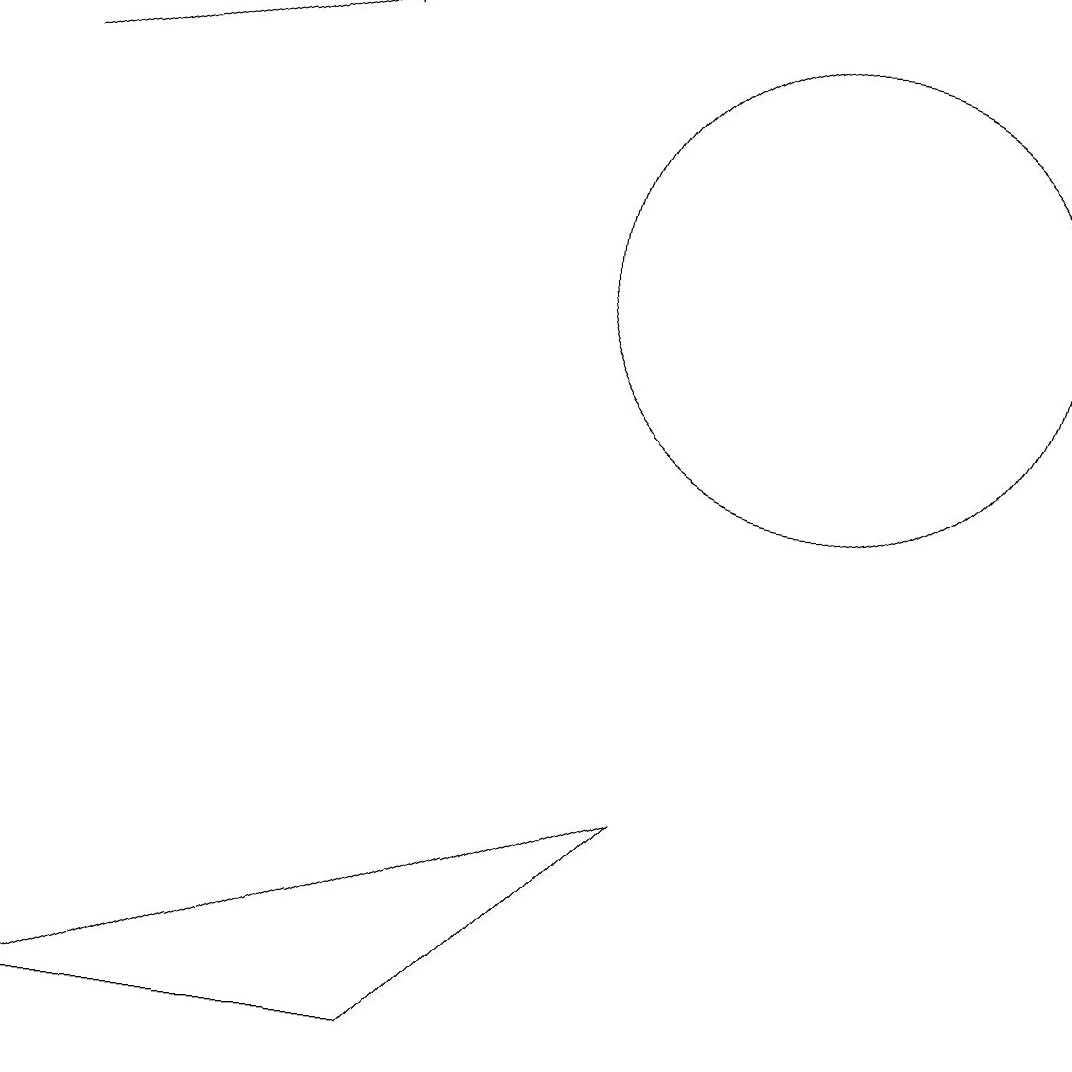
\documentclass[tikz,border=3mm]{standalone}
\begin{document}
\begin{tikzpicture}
\draw[->] (1,13) -- (5,14);
\draw (1,1) -- (9,4) -- (6,1) -- cycle;
\draw (11,11) circle (3);
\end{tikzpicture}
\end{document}